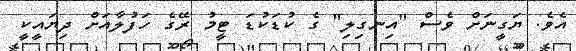
އެވެ. ޔަގީނަށް ވެސް "އިނގިލި" ގެ ކުޑަކުޑަ ޓީމު ރޭގެ ހަފުލާއަށް ދިޔައީކީ